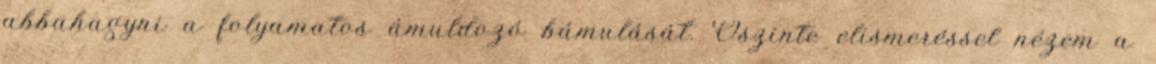
abbahagyni a folyamatos ámuldozó bámulását. Őszinte elismeréssel nézem a